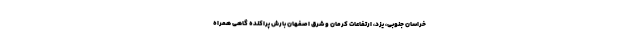
خراسان جنوبی، یزد، ارتفاعات کرمان و شرق اصفهان بارش پراکنده گاهی همراه